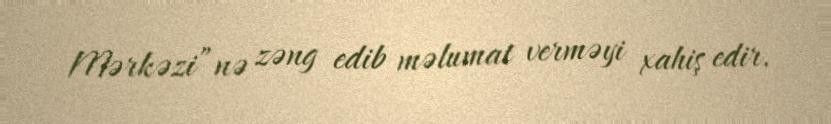
Mərkəzi”nə zəng edib məlumat verməyi xahiş edir.